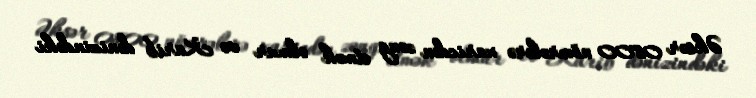
Əksər 0800 nömrələrə xaricdən zəng etmək olmur və Karib dənizindəki